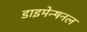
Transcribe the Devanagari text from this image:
डाइमेन्षनल